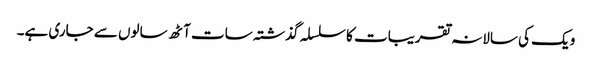
ویک کی سالانہ تقریبات کا سلسلہ گذشتہ سات آٹھ سالوں سے جاری ہے۔